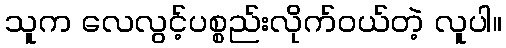
သူက လေလွင့်ပစ္စည်းလိုက်ဝယ်တဲ့ လူပါ။